Burma Government Medical School reports 1923-41
Year: 1923
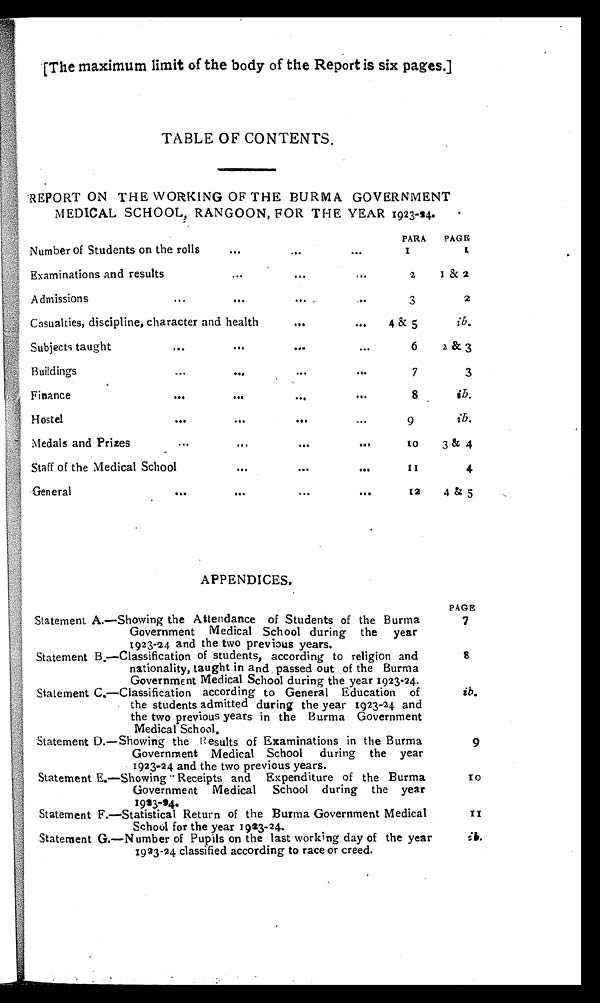
[The maximum limit of the body of the Report is six pages.]
TABLE OF CONTENTS.
REPORT ON THE WORKING OF THE BURMA GOVERNMENT
MEDICAL SCHOOL, RANGOON, FOR THE YEAR 1923-24.
PARA
PAGE
Number of Students on the rolls
...
...
...
1
1
Examinations and results
...
...
...
2
1 & 2
Admissions
...
...
. . . . . .
3
2
Casualties, discipline, character and health
...
...
4 & 5
i b .
Subjects taught
...
...
...
...
6
2 & 3
Buildings
...
...
...
...
7
3
Finance
. . . . . . . . . . . .
8
i b .
Hostel
...
...
...
...
9
ib.
Medals and Prizes
... ... ... ...
1 0
3 & 4
Staff of the Medical School
...
...
...
1 1
4
General
...
...
...
...
12
4 & 5
APPENDICES.
PAGE
Statement A.—Showing the Attendance of Students of the Burma
Government Medical School during the year
1923-24 and the two previous years.
7
Statement B.—Classification of students, according to religion and
nationality, taught in and passed out of the Burma
Government Medical School during the year 1923-24.
8
Statement C.—Classification according to General Education of
the students admitted during the year 1923-24 and
the two previous years in the Burma Government
Medical School.
i b .
Statement D. —Showing the Results of Examinations in the Burma
Government Medical School during the year
1923-24 and the two previous years.
9
Statement E.—Showing Receipts and Expenditure of the Burma
Government Medical School during the year
1923-24.
1 0
Statement F.—Statistical Return of the Burma Government Medical
School for the year 1923-24.
1 1
Statement G.—Number of Pupils on the last working day of the year
1923-24 classified according to race or creed.
i b .